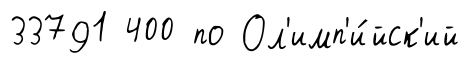
33791 400 по Ол'имп'и́йск'ий